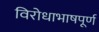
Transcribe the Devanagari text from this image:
विरोधाभाषपूर्ण